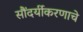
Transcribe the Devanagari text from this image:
सौंदर्यीकरणाचे